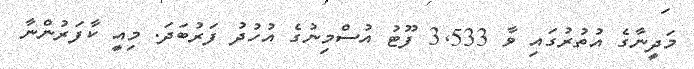
މަދީނާގެ އުތުރުގައި ވާ 3